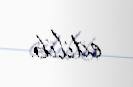
edilib.